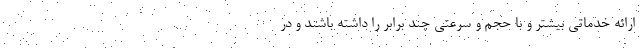
ارائه خدماتی بیشتر و با حجم و سرعتی چند برابر را داشته باشند و در